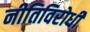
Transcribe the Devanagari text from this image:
नीतिविरोधी